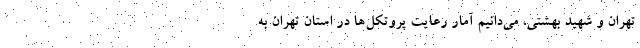
تهران و شهید بهشتی، می‌دانیم آمار رعایت پروتکل‌ها در استان تهران به